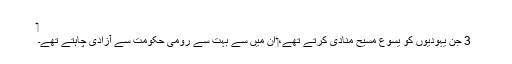
‏
3 جن یہودیوں کو یسوع مسیح مُنادی کرتے تھے،‏ اُن میں سے بہت سے رومی حکومت سے آزادی چاہتے تھے۔